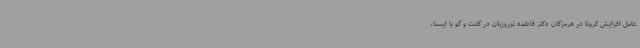
عامل افزایش کرونا در هرمزگان دکتر فاطمه نوروزیان در گفت و گو با ایسنا،